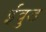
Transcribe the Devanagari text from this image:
ईवुड